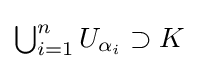
{\textstyle \bigcup _{i=1}^{n}U_{\alpha _{i}}\supset K}